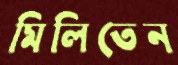
মিলিতেন